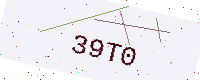
Text: 39T0